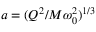
a = ( Q ^ { 2 } / M \omega _ { 0 } ^ { 2 } ) ^ { 1 / 3 }